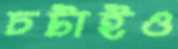
চটাইও